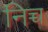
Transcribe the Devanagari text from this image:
निच्च